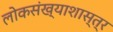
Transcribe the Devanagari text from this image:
लोकसंख्याशास्त्र